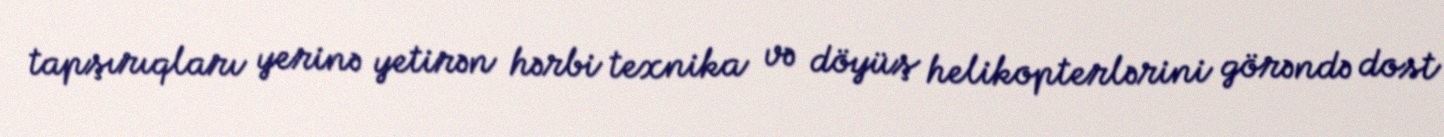
tapşırıqları yerinə yetirən hərbi texnika və döyüş helikopterlərini görəndə dost